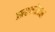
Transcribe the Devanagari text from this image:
सरकोप्टस